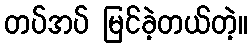
တပ်အပ် မြင်ခဲ့တယ်တဲ့။